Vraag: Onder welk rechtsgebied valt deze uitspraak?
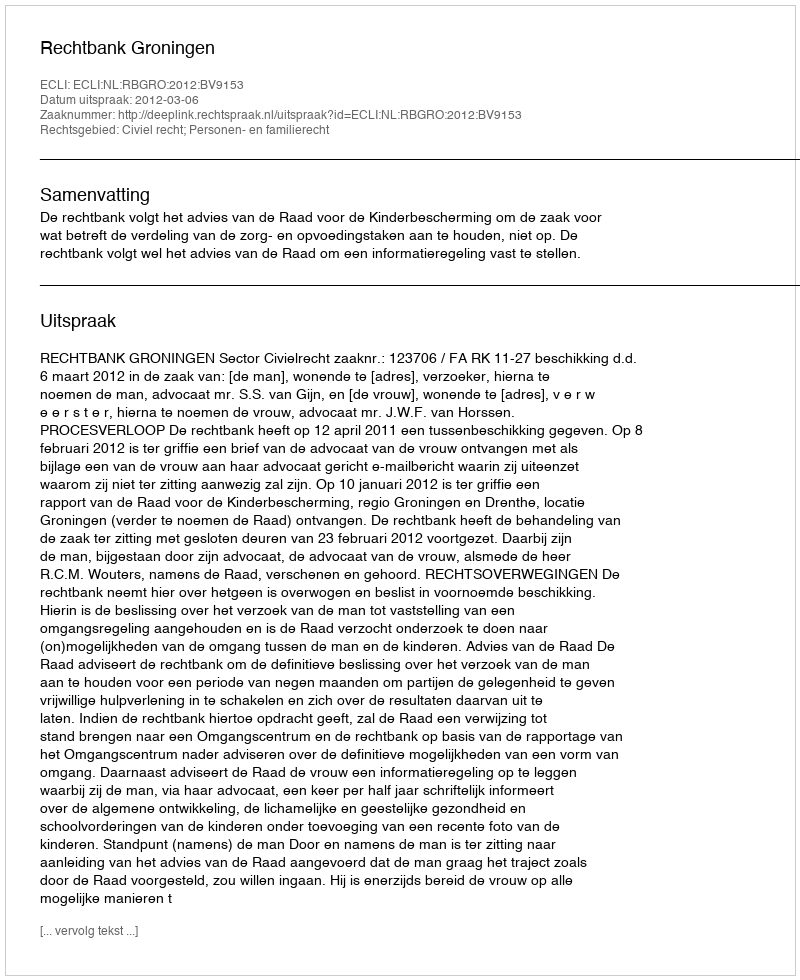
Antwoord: Civiel recht; Personen- en familierecht